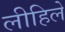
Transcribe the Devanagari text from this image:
लीहिले